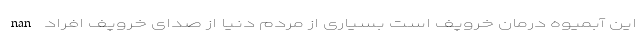
nan این آبمیوه درمان خروپف است بسیاری از مردم دنیا از صدای خروپف افراد